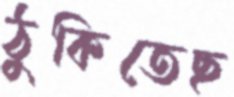
ঠুকিতেছ